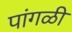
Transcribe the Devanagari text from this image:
पांगळी